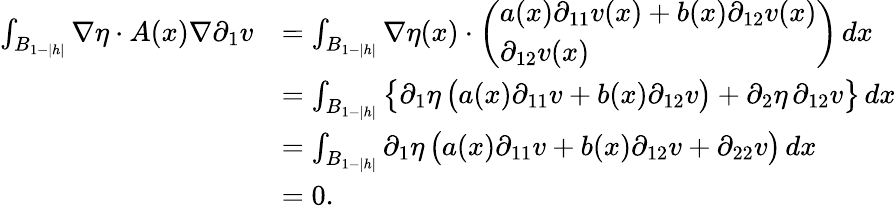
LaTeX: \begin{array}{rl}{\int_{B_{1-|h|}}\nabla\eta\cdot A(x)\nabla\partial_{1}v}&{=\int_{B_{1-|h|}}\nabla\eta(x)\cdot\left(\begin{array}{l}{a(x)\partial_{11}v(x)+b(x)\partial_{12}v(x)}\\ {\partial_{12}v(x)}\end{array}\right)\, dx}\\ &{=\int_{B_{1-|h|}}\big\{ \partial_{1}\eta\, \big(a(x)\partial_{11}v+b(x)\partial_{12}v\big)+\partial_{2}\eta\, \partial_{12}v\big\} \, dx}\\ &{=\int_{B_{1-|h|}}\partial_{1}\eta\, \big(a(x)\partial_{11}v+b(x)\partial_{12}v+\partial_{22}v\big)\, dx}\\ &{=0.}\end{array}